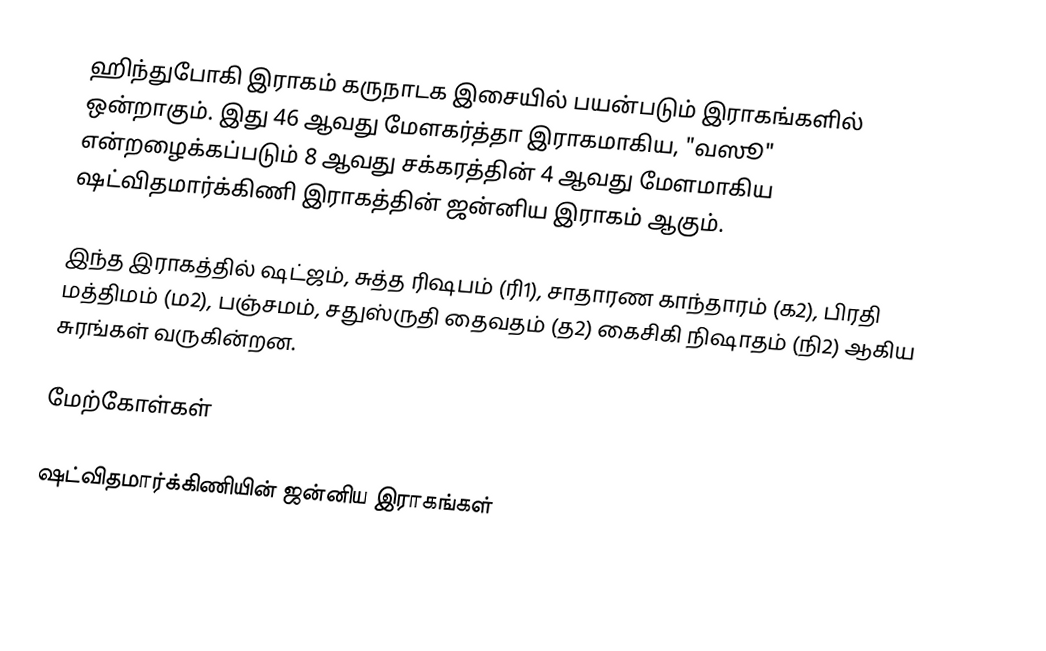
ஹிந்துபோகி இராகம் கருநாடக இசையில் பயன்படும் இராகங்களில் ஒன்றாகும். இது 46 ஆவது மேளகர்த்தா இராகமாகிய, "வஸூ" என்றழைக்கப்படும் 8 ஆவது சக்கரத்தின் 4 ஆவது மேளமாகிய ஷட்விதமார்க்கிணி இராகத்தின் ஜன்னிய இராகம் ஆகும்.

இந்த இராகத்தில் ஷட்ஜம், சுத்த ரிஷபம் (ரி1), சாதாரண காந்தாரம் (க2), பிரதி மத்திமம் (ம2), பஞ்சமம், சதுஸ்ருதி தைவதம் (த2) கைசிகி நிஷாதம் (நி2) ஆகிய சுரங்கள் வருகின்றன.

மேற்கோள்கள்

ஷட்விதமார்க்கிணியின் ஜன்னிய இராகங்கள்